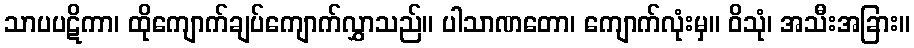
သာပပဋိကာ၊ ထိုကျောက်ချပ်ကျောက်လွှာသည်။ ပါသာဏတော၊ ကျောက်လုံးမှ။ ဝိသုံ၊ အသီးအခြား။